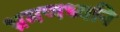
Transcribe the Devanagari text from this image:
भ्रमणध्वनि